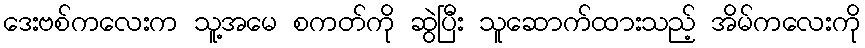
ဒေးဗစ်ကလေးက သူ့အမေ စကတ်ကို ဆွဲပြီး သူဆောက်ထားသည့် အိမ်ကလေးကို